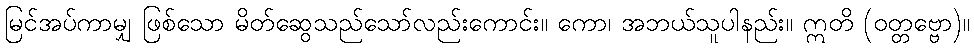
မြင်အပ်ကာမျှ ဖြစ်သော မိတ်ဆွေသည်သော်လည်းကောင်း။ ကော၊ အဘယ်သူပါနည်း။ ဣတိ (ဝတ္တဗ္ဗော)။